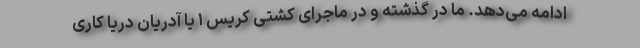
ادامه می‌دهد. ما در گذشته و در ماجرای کشتی کریس ۱ یا آدریان دریا کاری